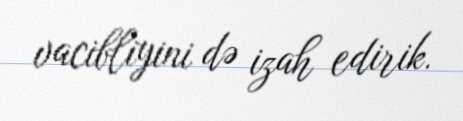
vacibliyini də izah edirik.